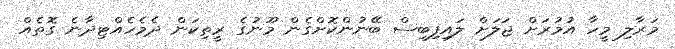
މަރާލި މީހާ އުމުރަށް ޖަލަށް ލައިފިބިސް ބޭނުންކޮށްގެން މޫނުގެ ރީތިކަން ދެމެހެއްޓިދާނެ ގޮތެއް